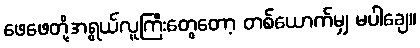
ဖေဖေတို့အရွယ်လူကြီးတွေတော့ တစ်ယောက်မျှ မပါချေ။